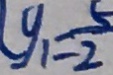
( y _ { 1 } = \frac { 5 } { 2 }